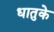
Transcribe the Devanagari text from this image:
धातुके